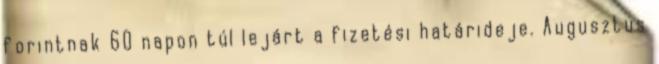
forintnak 60 napon túl lejárt a fizetési határideje. Augusztus